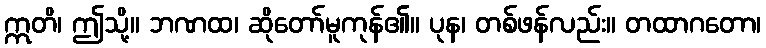
ဣတိ၊ ဤသို့။ ဘဏထ၊ ဆိုတော်မူကုန်၏။ ပုန၊ တစ်ဖန်လည်း။ တထာဂတော၊